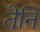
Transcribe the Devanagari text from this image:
तेनि